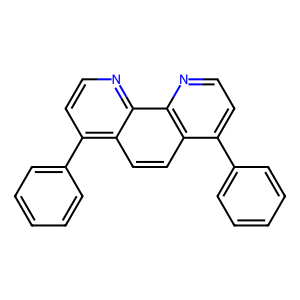
SMILES: c1ccc(-c2ccnc3c2ccc2c(-c4ccccc4)ccnc23)cc1
Inhibits HIV replication: No